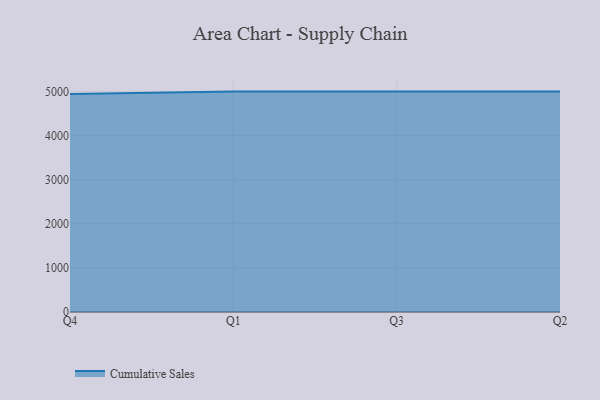
{"axis": {"x": "Quarter", "y": "Backlog"}, "legend": ["Cumulative Sales"], "data": [{"x": "Q4", "y": 4942.8, "type": "Cumulative Sales"}, {"x": "Q1", "y": 5000, "type": "Cumulative Sales"}, {"x": "Q3", "y": 5000, "type": "Cumulative Sales"}, {"x": "Q2", "y": 5000, "type": "Cumulative Sales"}]}